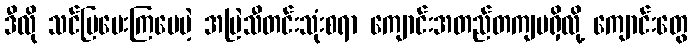
ဒီလို သင်ပြပေးကြပေမဲ့ အမြဲသီတင်းသုံးစရာ ကျောင်းအတည်တကျမရှိလို့ ကျောင်းတွေ